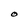
Character: O